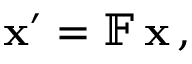
\mathbf { x } ^ { \prime } = \mathbb { F } \, \mathbf { x } \, ,